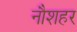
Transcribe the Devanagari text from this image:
नौशहर